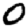
Digit: 0